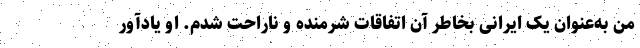
من به‌عنوان یک ایرانی بخاطر آن اتفاقات شرمنده و ناراحت شدم. او یادآور